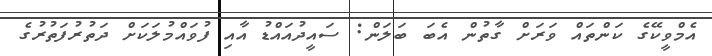
އެމްވީކޭގެ ކަންތައް ވަރަށް ގާތުން އެބަ ބަލަން: ސައީދުއައްޑު އާއި ފުވައްމުލަކަށް ދަތުރުފަތުރުގެ